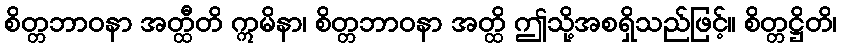
စိတ္တဘာဝနာ အတ္ထီတိ ဣမိနာ၊ စိတ္တဘာဝနာ အတ္ထိ ဤသို့အစရှိသည်ဖြင့်။ စိတ္တဋ္ဌိတိ၊